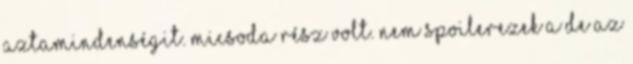
Aztamindenségit. Micsoda rész volt. Nem spoilerezek a de az